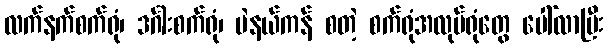
လက်နက်စက်ရုံ၊ ဒင်္ဂါးစက်ရုံ၊ မဲနယ်ကန် စတဲ့ စက်ရုံအလုပ်ရုံတွေ ပေါ်လာပြီး